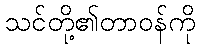
သင်တို့၏တာဝန်ကို